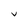
Character: N